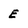
Character: e